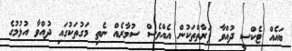
ބައެއް ޓެކްސީ ދުއްވާ ފަރާތްތަކުން އެއްވެސް ސުމާރެއް ނެތި މަގުތަކުގައި ދުއްވާ އުޅުމުގެ